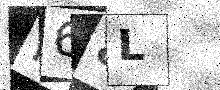
Text: K68L